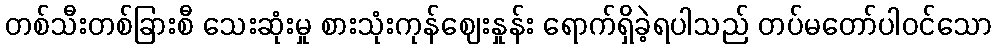
တစ်သီးတစ်ခြားစီ သေးဆုံးမှု စားသုံးကုန်ဈေးနှုန်း ရောက်ရှိခဲ့ရပါသည် တပ်မတော်ပါဝင်သော